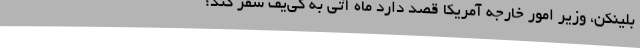
بلینکن، وزیر امور خارجه آمریکا قصد دارد ماه آتی به کی‌یف سفر کند؛